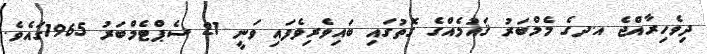
ދިވެހިރާއްޖެ އ.ދގެ މެމްބަރު ޤައުމެއްގެ ގޮތުގައި ބައިވެރިވެފައި ވަނީ 21 ސެޕްޓެމްބަރު 1965ގައެވެ.